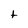
Character: t